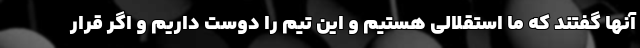
آنها گفتند که ما استقلالی هستیم و این تیم را دوست داریم و اگر قرار